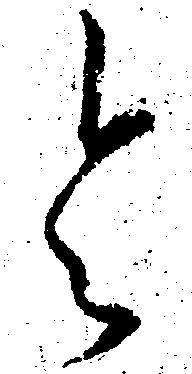
令